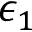
\epsilon _ { 1 }